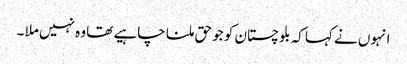
انہوں نے کہا کہ بلوچستان کو جو حق ملنا چاہیے تھا وہ نہیں ملا ۔